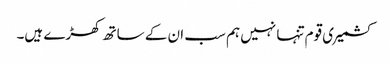
کشمیری قوم تنہا نہیں ہم سب ان کے ساتھ کھڑے ہیں۔